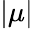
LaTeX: |\mu|